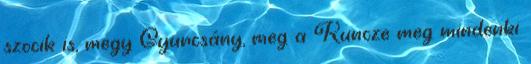
szocik is, megy Gyurcsány, meg a Kuncze meg mindenki